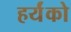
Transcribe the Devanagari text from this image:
हर्यंको